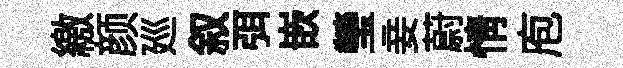
繳颜廵叙弭嵌瑩妾蔚情庖